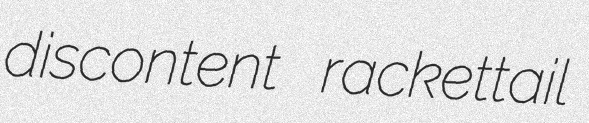
discontent rackettail